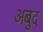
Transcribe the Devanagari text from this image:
अबुद